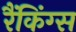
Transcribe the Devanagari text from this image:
रैंकिंग्स